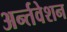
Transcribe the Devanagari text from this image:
अर्न्तवेशन